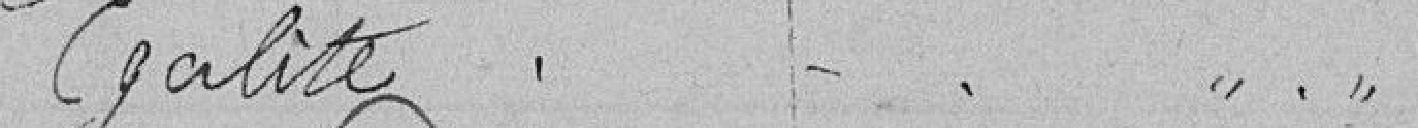
Egalité